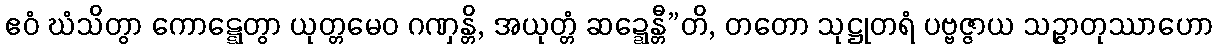
ဧဝံ ဃံသိတွာ ကောဋ္ဋေတွာ ယုတ္တမေဝ ဂဏှန္တိ, အယုတ္တံ ဆဍ္ဍေန္တီ”တိ, တတော သုဋ္ဌုတရံ ပဗ္ဗဇ္ဇာယ သဉ္ဇာတုဿာဟော